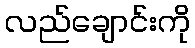
လည်ချောင်းကို